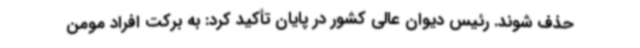
حذف شوند. رئیس دیوان عالی کشور در پایان تأکید کرد: به برکت افراد مومن